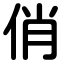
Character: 俏